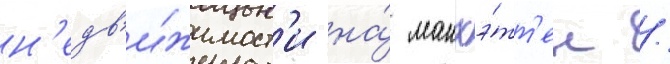
н'едв'и́жимост'и на́ манхэ́тт'ен /